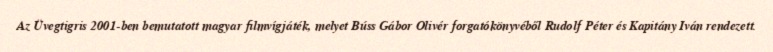
Az Üvegtigris 2001-ben bemutatott magyar filmvígjáték, melyet Búss Gábor Olivér forgatókönyvéből Rudolf Péter és Kapitány Iván rendezett.